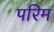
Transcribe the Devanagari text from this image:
परिम